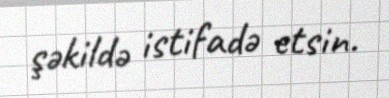
şəkildə istifadə etsin.